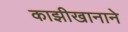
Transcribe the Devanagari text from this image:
काझीखानाने